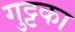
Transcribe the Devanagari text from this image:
गुट्टका